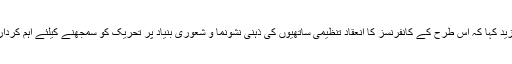
دلمراد بلوچ نے مزید کہا کہ اس طرح کے کانفرنسز کا انعقاد تنظیمی ساتھیوں کی ذہنی نشونما و شعوری بنیاد پر تحریک کو سمجھنے کیلئے اہم کردار ادا کرسکتے ہیں۔